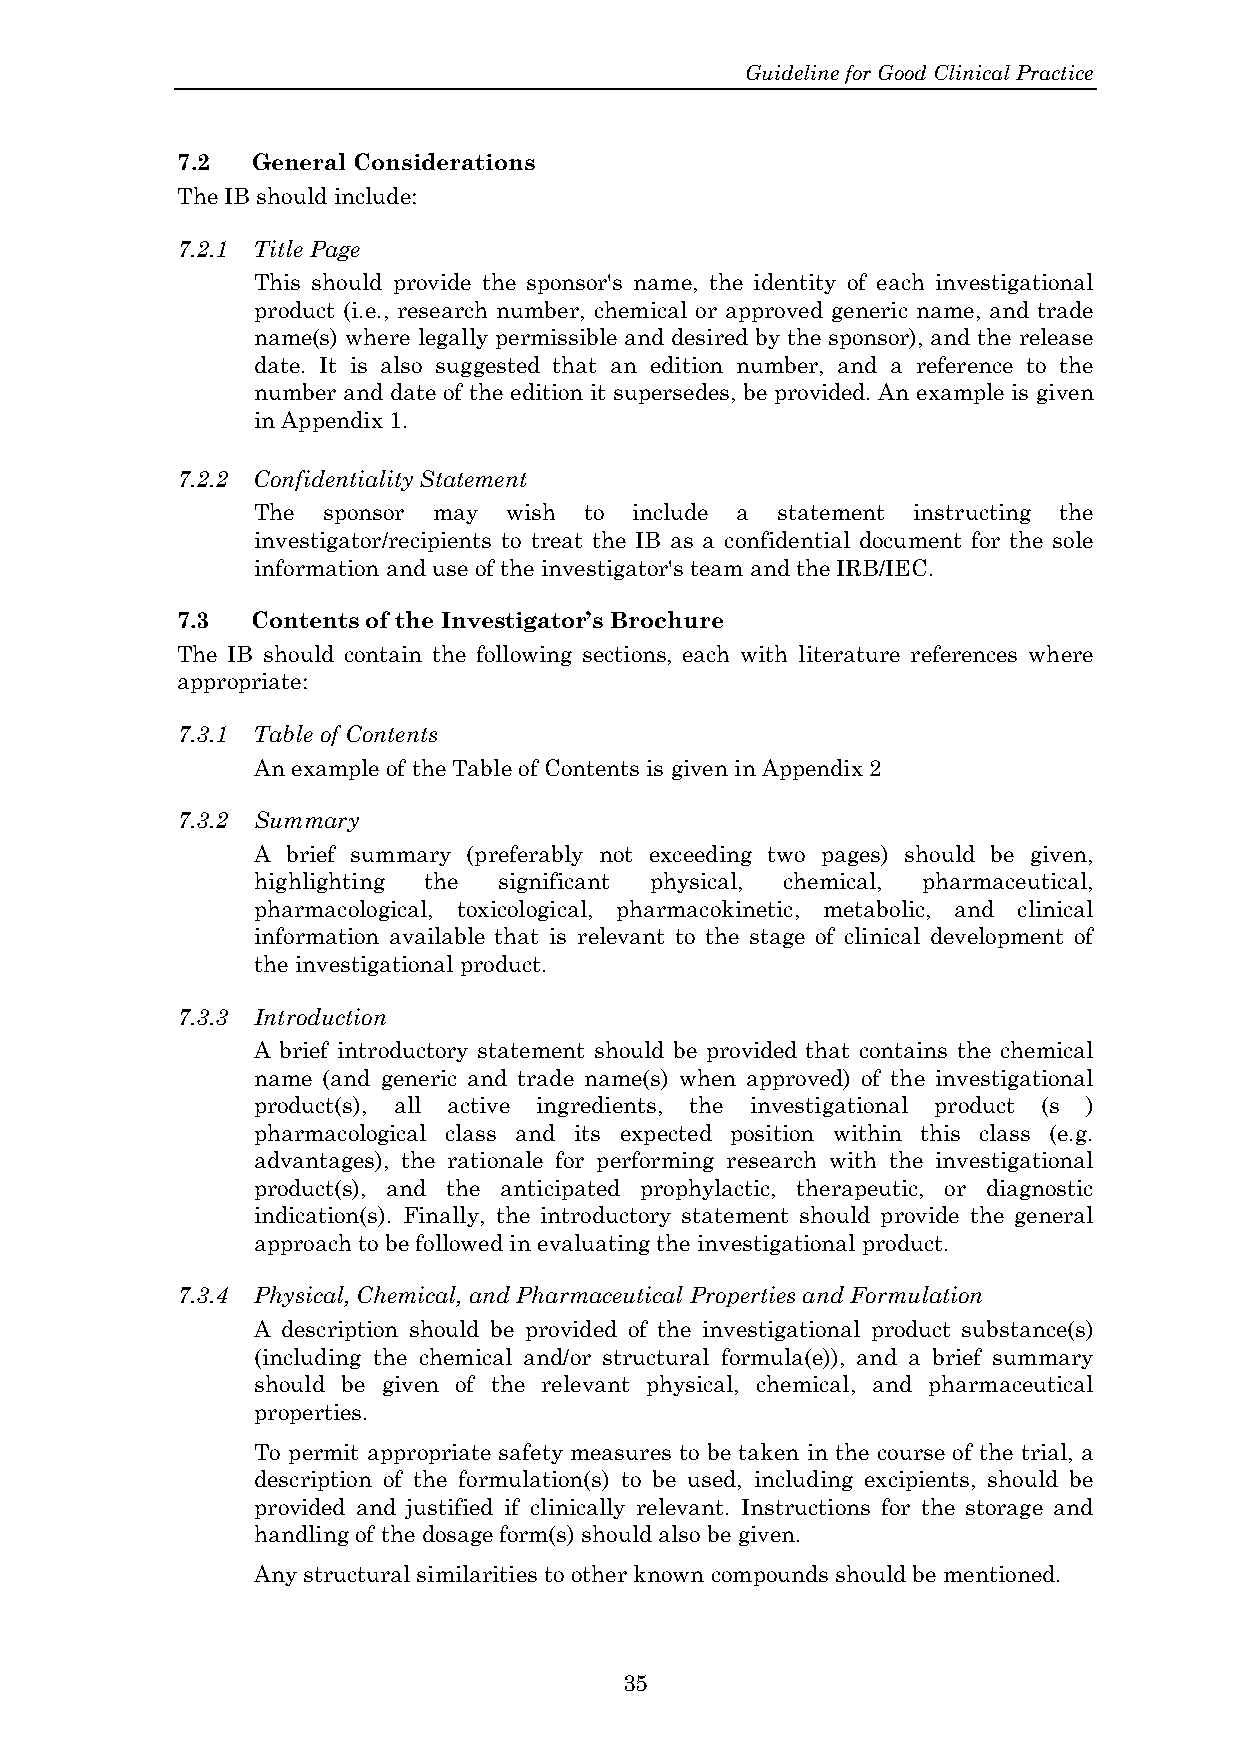
Guideline for Good Clinical Practice
 7.2  General Considerations
 The IB should include:
 7.2.1 Title Page
 This should provide the sponsor's name, the identity of each investigational
 product (i.e., research number, chemical or approved generic name, and trade
 name(s) where legally permissible and desired by the sponsor), and the release
 date. It is also suggested that an edition number, and a reference to the
 number and date of the edition it supersedes, be provided. An example is given
 in Appendix 1.
 7.2.2 Confidentiality Statement
 The sponsor may wish  to include a statement instructing the
 investigator/recipients to treat the IB as a confidential document for the sole
 information and use of the investigator's team and the IRB/IEC.
 7.3  Contents of the Investigator’s Brochure
 The IB should contain the following sections, each with literature references where
 appropriate:
 7.3.1 Table of Contents
 An example of the Table of Contents is given in Appendix 2
 7.3.2 Summary
 A brief summary (preferably not exceeding two pages) should be given,
 highlighting the significant physical, chemical, pharmaceutical,
 pharmacological, toxicological, pharmacokinetic, metabolic, and clinical
 information available that is relevant to the stage of clinical development of
 the investigational product.
 7.3.3 Introduction
 A brief introductory statement should be provided that contains the chemical
 name (and generic and trade name(s) when approved) of the investigational
 product(s), all active ingredients, the investigational product (s )
 pharmacological class and its expected position within this class (e.g.
 advantages), the rationale for performing research with the investigational
 product(s), and the anticipated prophylactic, therapeutic, or diagnostic
 indication(s). Finally, the introductory statement should provide the general
 approach to be followed in evaluating the investigational product.
 7.3.4 Physical, Chemical, and Pharmaceutical Properties and Formulation
 A description should be provided of the investigational product substance(s)
 (including the chemical and/or structural formula(e)), and a brief summary
 should be given of the relevant physical, chemical, and pharmaceutical
 properties.
 To permit appropriate safety measures to be taken in the course of the trial, a
 description of the formulation(s) to be used, including excipients, should be
 provided and justified if clinically relevant. Instructions for the storage and
 handling of the dosage form(s) should also be given.
 Any structural similarities to other known compounds should be mentioned.
 35